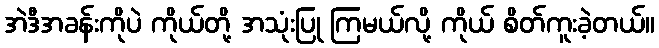
အဲဒီအခန်းကိုပဲ ကိုယ်တို့ အသုံးပြု ကြမယ်လို့ ကိုယ် စိတ်ကူးခဲ့တယ်။